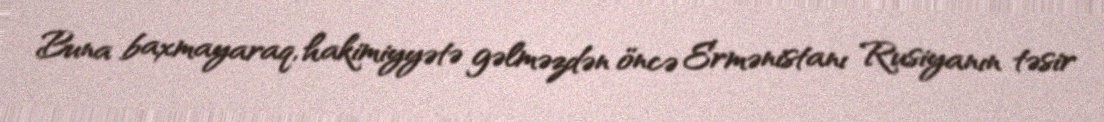
Buna baxmayaraq, hakimiyyətə gəlməzdən öncə Ermənistanı Rusiyanın təsir